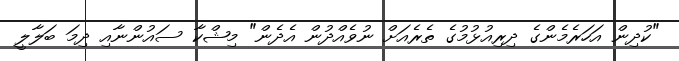
"ކުދިން އަހަރެމެންގެ ދިރިއުޅުމުގެ ތެރެއަށް ނުވެއްދުން އެދެން" މިޝްކާ ސައުންނާއި ދިމަ ބަލާލީ